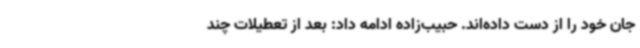
جان خود را از دست داده‌اند. حبیب‌زاده ادامه داد: بعد از تعطیلات چند